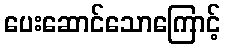
ပေးဆောင်သောကြောင့်